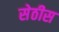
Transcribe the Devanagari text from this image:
सेठीस